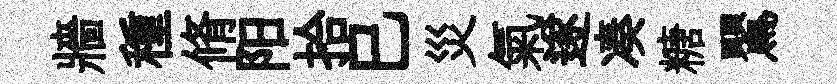
牆種脩阳拾巳災氣遂凑糖鸎